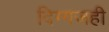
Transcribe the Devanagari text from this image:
दिग्गजही